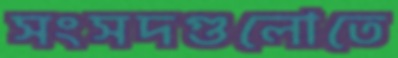
সংসদগুলোতে